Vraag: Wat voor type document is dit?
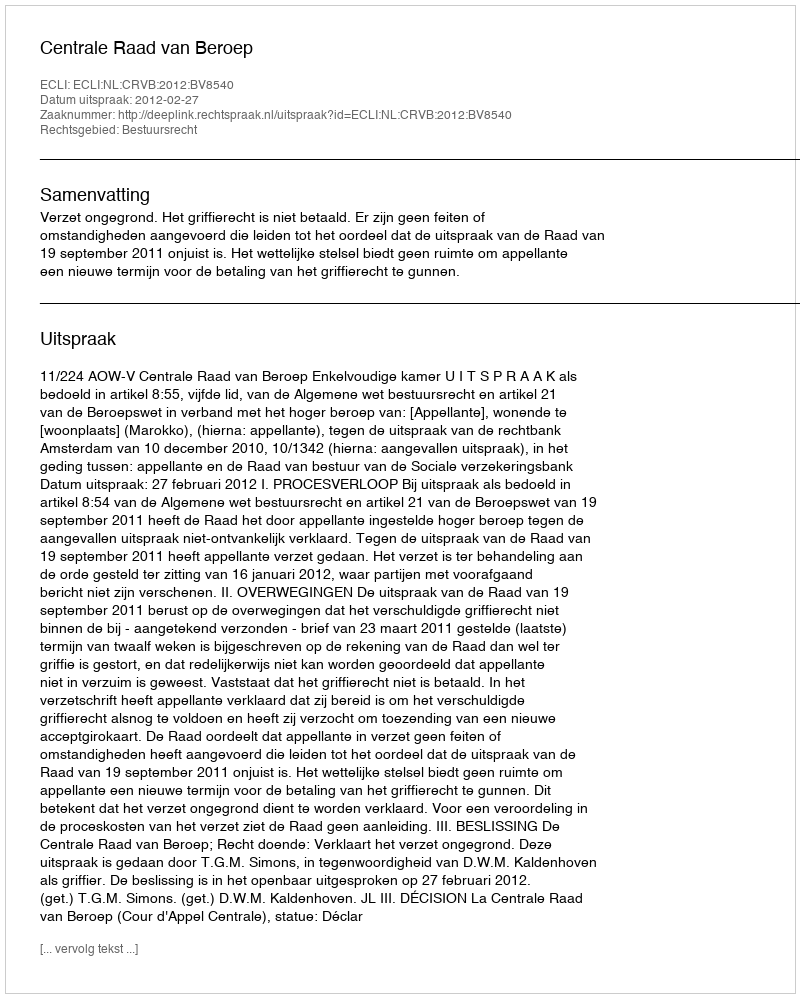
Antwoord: Uitspraak